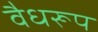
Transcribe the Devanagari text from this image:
वैधरूप